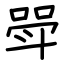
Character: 斝